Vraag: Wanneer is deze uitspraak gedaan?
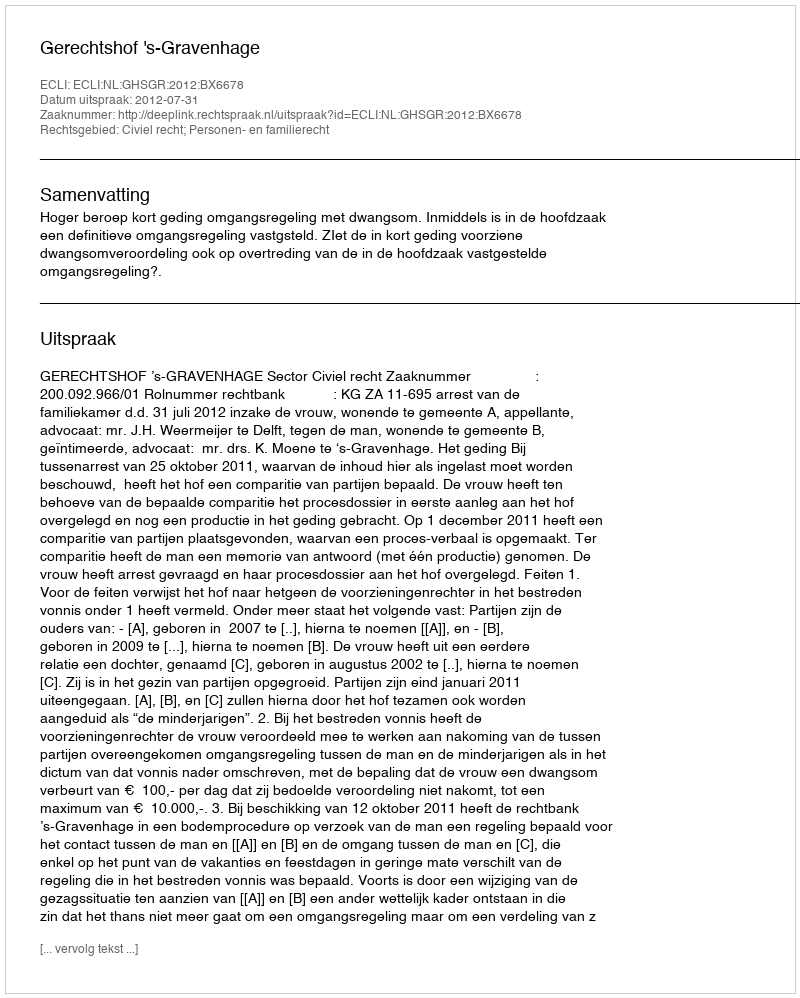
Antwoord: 2012-07-31